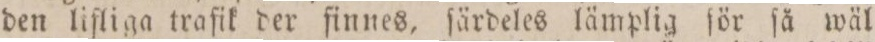
den lifliga trafik der finnes, ſärdeles lämplig för ſå wäl